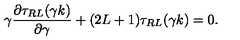
\gamma \frac { { \partial } \tau _ { R L } ( \gamma k ) } { { \partial } \gamma } + ( 2 L + 1 ) \tau _ { R L } ( \gamma k ) = 0 .